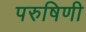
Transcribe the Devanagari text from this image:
परुषिणी